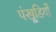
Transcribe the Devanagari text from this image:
पंखूडि़यों